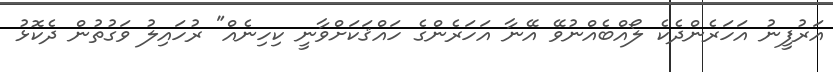
އަރުފީނު އަހަރެންދެކެ ލޯއްބެއްނުވޭ އޭނާ އަހަރެންގެ ހައްޤަކަށްވާނީ ކިހިނެއް" ރުހައިލު ވަގުތުން ދެކޮޅު